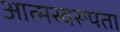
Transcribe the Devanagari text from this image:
आत्मस्वरूपता